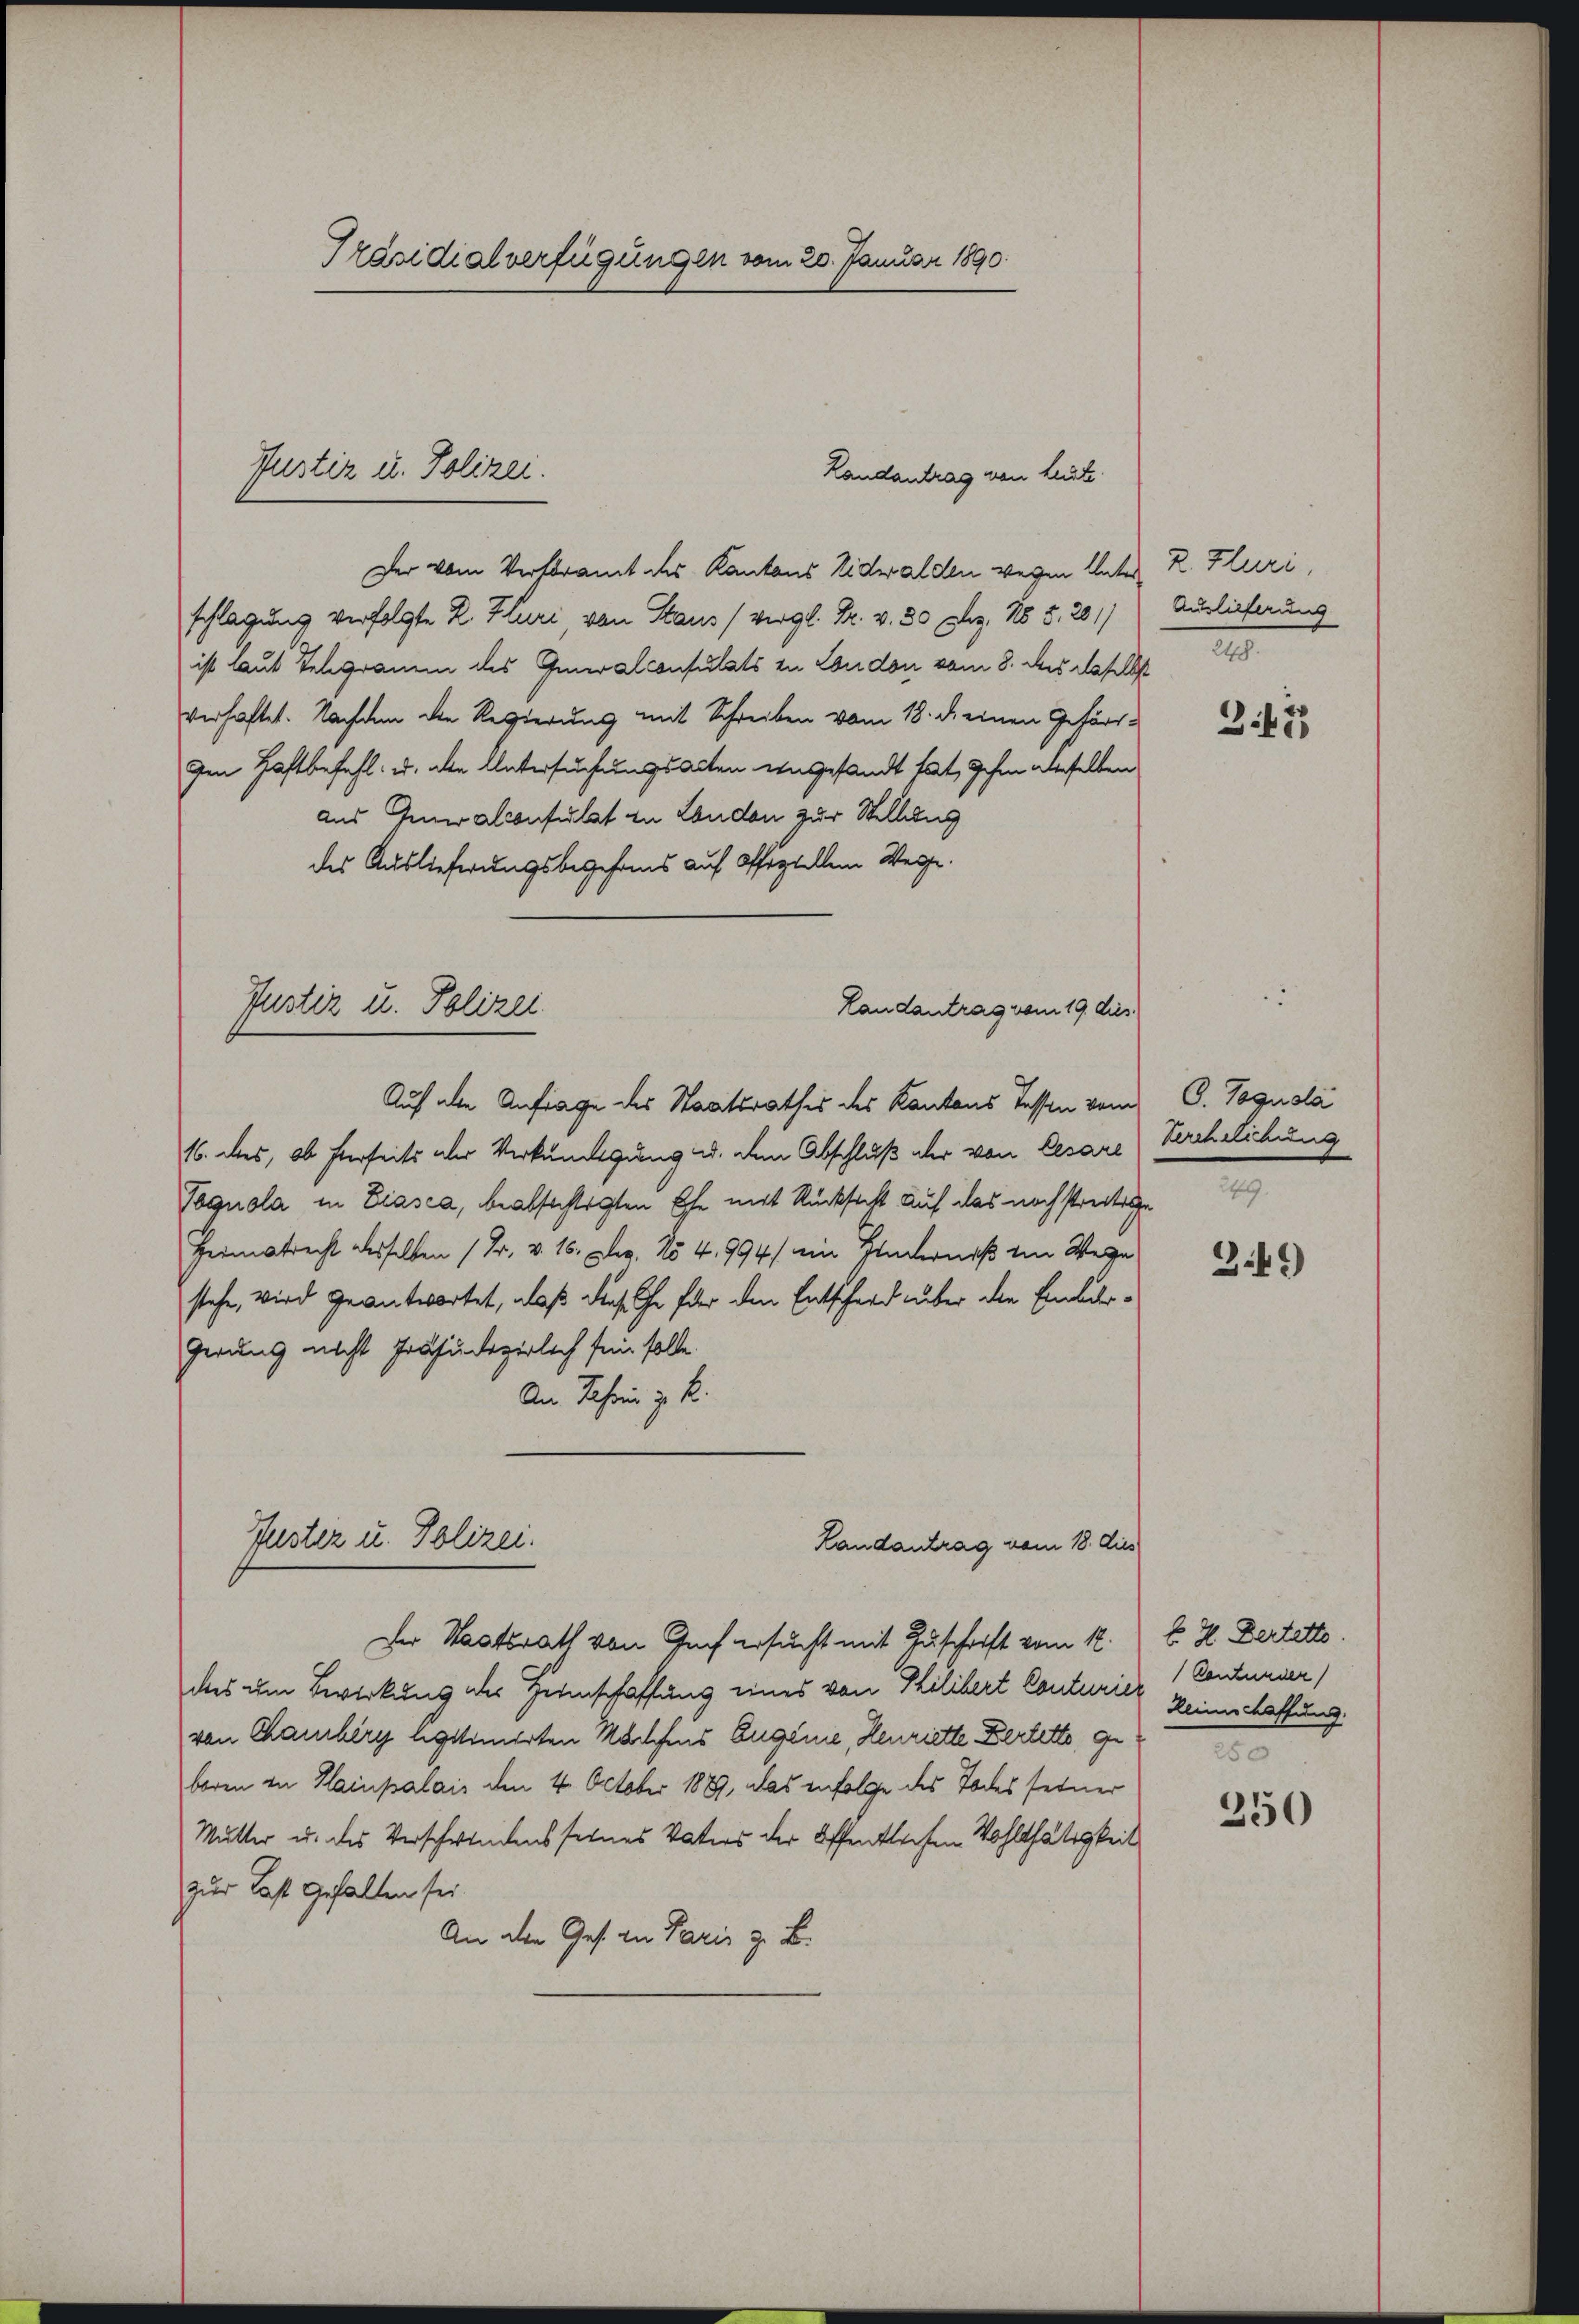
Präsidialverfügungen vom 20. Januar 1890.

Der vom Verferamt des Kantons Nidwalden wegen Unter K. Fluri,
schlagung verfolgte R. Hluri von Staus (vergl. Pr. v. 30 Dez. 185. 281)
ist laut Telegramm des Generalconsulats zu London vom 8. des daselbst
verhaftet. Nachdem die Regierung mit Schreiben vom 18. d. einen Geför¬
Im Haftbefehl u. alle Untersuchungsacten engesandt hat, sehen aberselben
aus Generalconsulat zu London zur Stellung
des Auslieferungsbegehrens auf Offertellem Wegge.
Justiz u. Polizei
Landantrag vom 19. dies
Auf alle Anfrage des Staatsrathes des Kantons Tessen vom C. Pogusla
16. dies, ob hierseits aber Verkündigung u. den Abschluß der von Cesare Verehelichung
Tagnola in Biasca, beabsichtigten Ehe mit Rücksicht auf das noch streitig
Heimatrecht desselben (Dr. v. 16. Dez. No 4. 994 ein Hinderniß im Wege
stehe, wird geantwortet, daß diese le für den Entschard über die Einburgerung nicht Präjudizierlich sein solle.
An Jahren z. B.
Puster u. Polizei.
Landantrag vom 18. dis

Justiz u. Polizei.

Landantrag von Leute.

Der Staatsrath von Graf ersucht mit Zuschrift vom 12.
das um Bewirkung des Heimschaffung eines von Philibert Conturier keinerschaffung
von Chamberg legitimirten Machens Eugenie, Henriette Zerlette, ge
boren in Hainpalais den 4. October 1887, das infolge des Todesseiner
Mutter u. des Verschwendens seines Vaters der öffentlichen Wohlthätigkeit
zur Last gehalten sei.
An den Ges. an Paris z. B.

Auslieferung
2

3 47

249.

349

E. H. Dertette.
Contumser
250

250